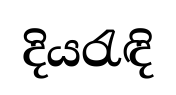
දියරැඳි